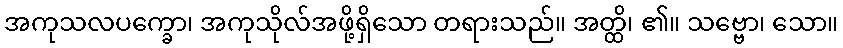
အကုသလပက္ခော၊ အကုသိုလ်အဖို့ရှိသော တရားသည်။ အတ္ထိ၊ ၏။ သဗ္ဗော၊ သော။